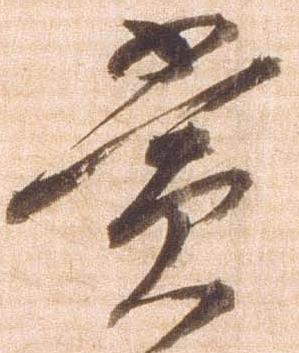
賞